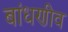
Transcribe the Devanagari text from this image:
बांधणीव